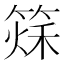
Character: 𥰂